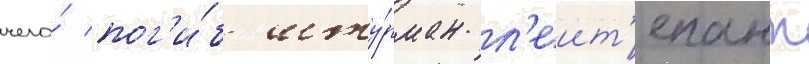
чего́ пог'и́б шту́рман л'еит'енант